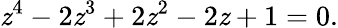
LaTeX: \mathit{z}^{4}-2\mathit{z}^{3}+2\mathit{z}^{2}-2\mathit{z}+1=0.